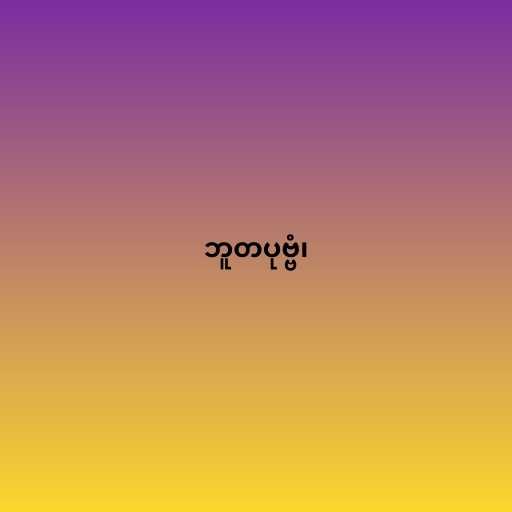
ဘူတပုဗ္ဗံ၊